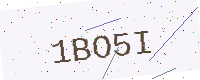
Text: 1BO5I